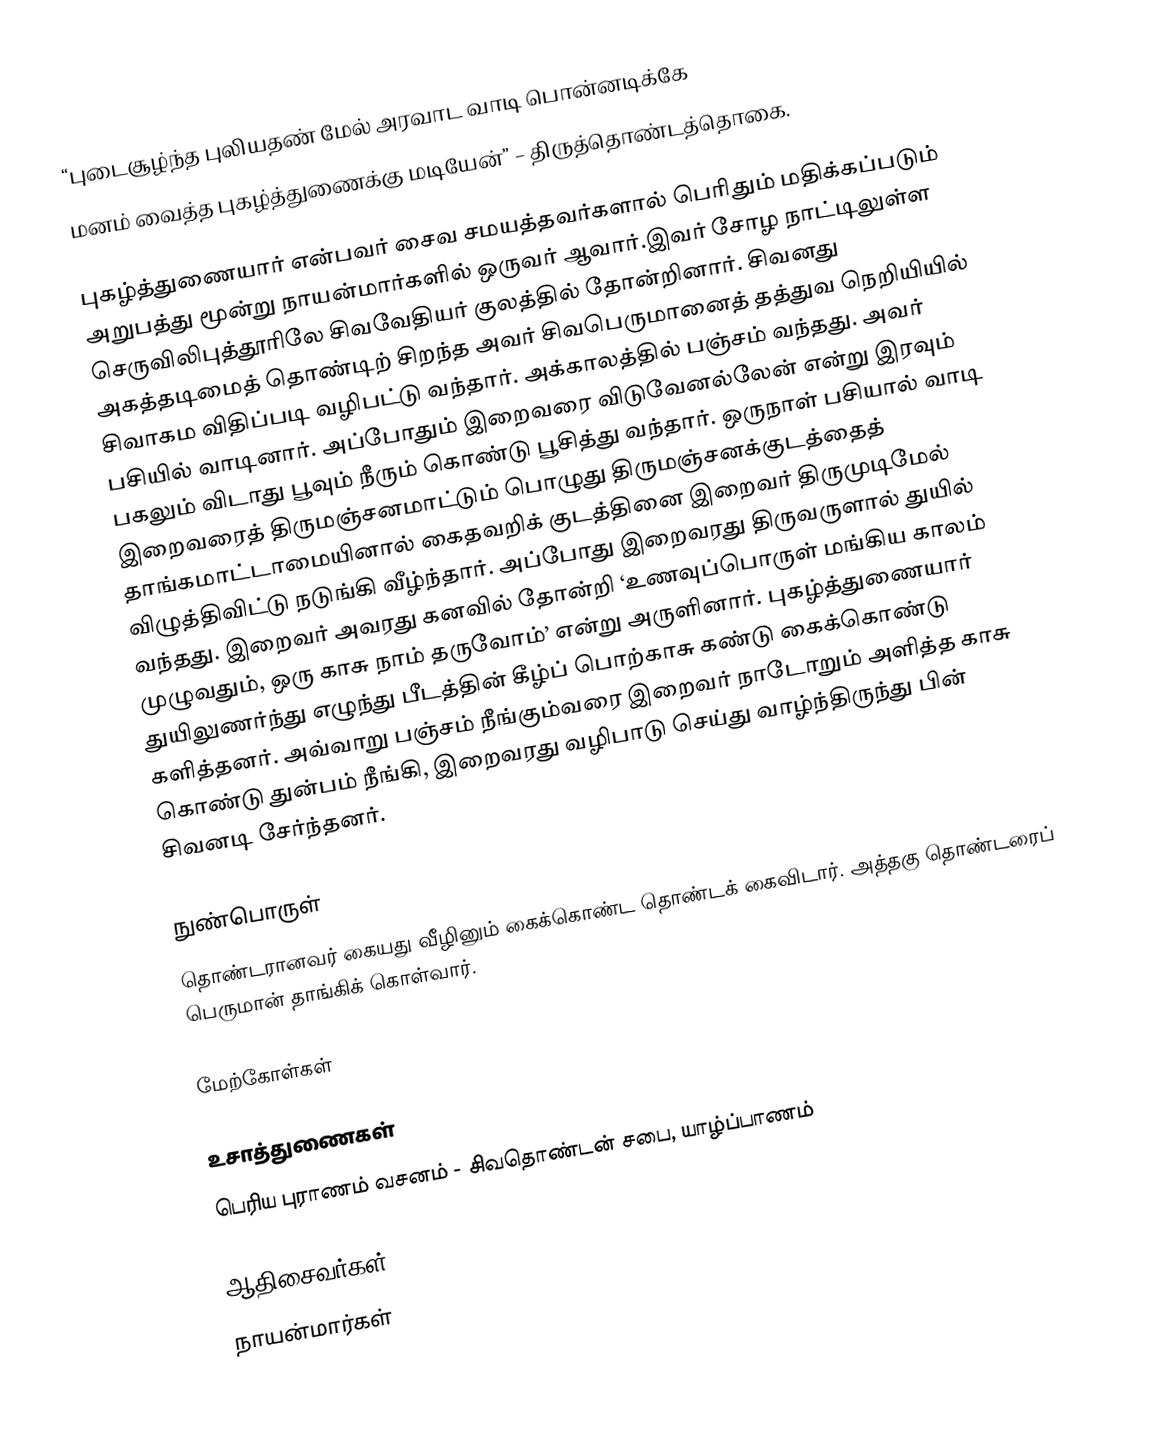
“புடைசூழ்ந்த புலியதண் மேல் அரவாட வாடி பொன்னடிக்கே
மனம் வைத்த புகழ்த்துணைக்கு மடியேன்” – திருத்தொண்டத்தொகை.

புகழ்த்துணையார் என்பவர் சைவ சமயத்தவர்களால் பெரிதும் மதிக்கப்படும் அறுபத்து மூன்று நாயன்மார்களில் ஒருவர் ஆவார்.இவர் சோழ நாட்டிலுள்ள செருவிலிபுத்தூரிலே சிவவேதியர் குலத்தில் தோன்றினார். சிவனது அகத்தடிமைத் தொண்டிற் சிறந்த அவர் சிவபெருமானைத் தத்துவ நெறியியில் சிவாகம விதிப்படி வழிபட்டு வந்தார். அக்காலத்தில் பஞ்சம் வந்தது. அவர் பசியில் வாடினார். அப்போதும் இறைவரை விடுவேனல்லேன் என்று இரவும் பகலும் விடாது பூவும் நீரும் கொண்டு பூசித்து வந்தார். ஒருநாள் பசியால் வாடி இறைவரைத் திருமஞ்சனமாட்டும் பொழுது திருமஞ்சனக்குடத்தைத் தாங்கமாட்டாமையினால் கைதவறிக் குடத்தினை இறைவர் திருமுடிமேல் விழுத்திவிட்டு நடுங்கி வீழ்ந்தார். அப்போது இறைவரது திருவருளால் துயில் வந்தது. இறைவர் அவரது கனவில் தோன்றி ‘உணவுப்பொருள் மங்கிய காலம் முழுவதும், ஒரு காசு நாம் தருவோம்’ என்று அருளினார். புகழ்த்துணையார் துயிலுணர்ந்து எழுந்து பீடத்தின் கீழ்ப் பொற்காசு கண்டு கைக்கொண்டு களித்தனர். அவ்வாறு பஞ்சம் நீங்கும்வரை இறைவர் நாடோறும் அளித்த காசு கொண்டு துன்பம் நீங்கி, இறைவரது வழிபாடு செய்து வாழ்ந்திருந்து பின் சிவனடி சேர்ந்தனர்.

நுண்பொருள்
தொண்டரானவர் கையது வீழினும் கைக்கொண்ட தொண்டக் கைவிடார். அத்தகு தொண்டரைப் பெருமான் தாங்கிக் கொள்வார்.

மேற்கோள்கள்

உசாத்துணைகள்
பெரிய புராணம் வசனம் - சிவதொண்டன் சபை, யாழ்ப்பாணம்

ஆதிசைவர்கள்
நாயன்மார்கள்